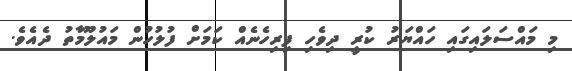
މި މައްސަލައިގައި ހައްޔަރު ކުރީ ދިވެހި ފިރިހެނެއް ކަމަށް ފުލުހުން މައުލޫމާތު ދެއެވެ.